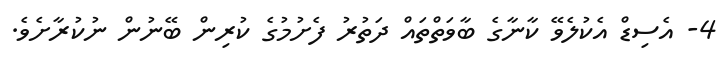
4- އެސިޑް އެކުލެވޭ ކާނާގެ ބާވަތްތައް ދަތުރު ފެށުމުގެ ކުރިން ބޭނުން ނުކުރާށެވެ.